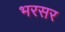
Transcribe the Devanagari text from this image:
भरसर